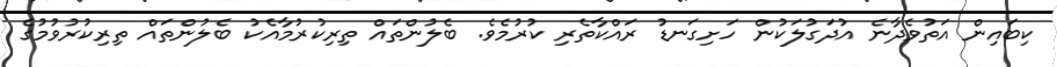
ކިބައިން އަތުވެދާނެ އުދަގުލަކުން ހަށިގަނޑު ރައްކާތެރި ކުރުމެވެ. ބެލުންތައް ތިރިކުރުމާއެކު ބެލުންތައް ތިރިކުރުވުމުގެ